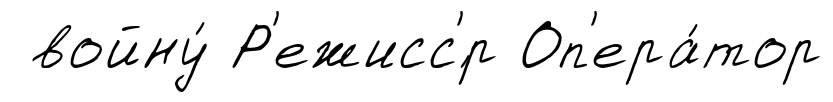
войну́ Р'ежисс'́р Оп'ера́тор